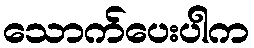
သောက်ပေးပါက